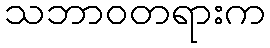
သဘာဝတရားက